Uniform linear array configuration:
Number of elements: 4
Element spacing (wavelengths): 0.5
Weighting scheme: hamming
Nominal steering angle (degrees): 15
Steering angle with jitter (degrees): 15.14
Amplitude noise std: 0.05
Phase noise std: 0.05

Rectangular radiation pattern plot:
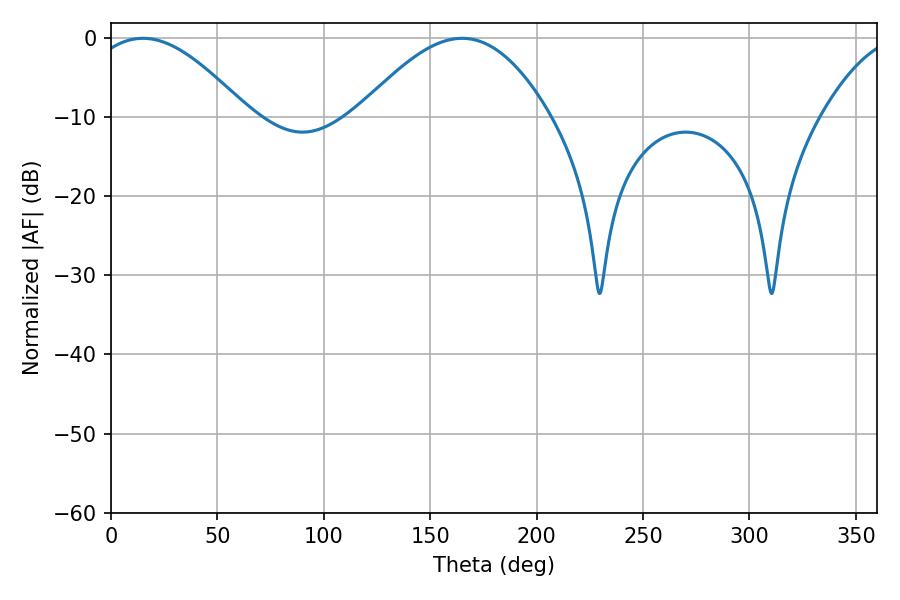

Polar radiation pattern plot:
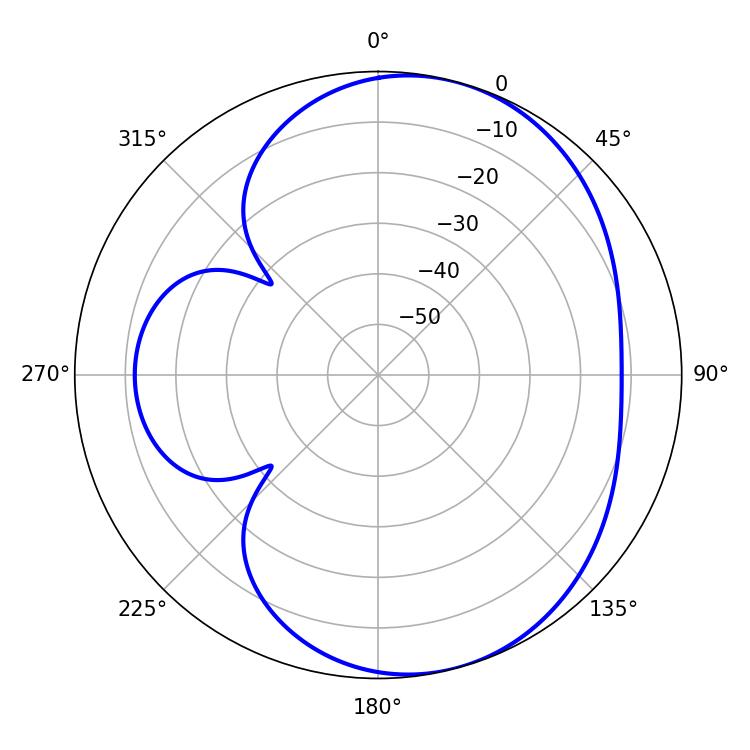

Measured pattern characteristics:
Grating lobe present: FALSE
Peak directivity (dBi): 5.825
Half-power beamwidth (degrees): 40.68
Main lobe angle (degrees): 14.94